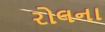
રોલના